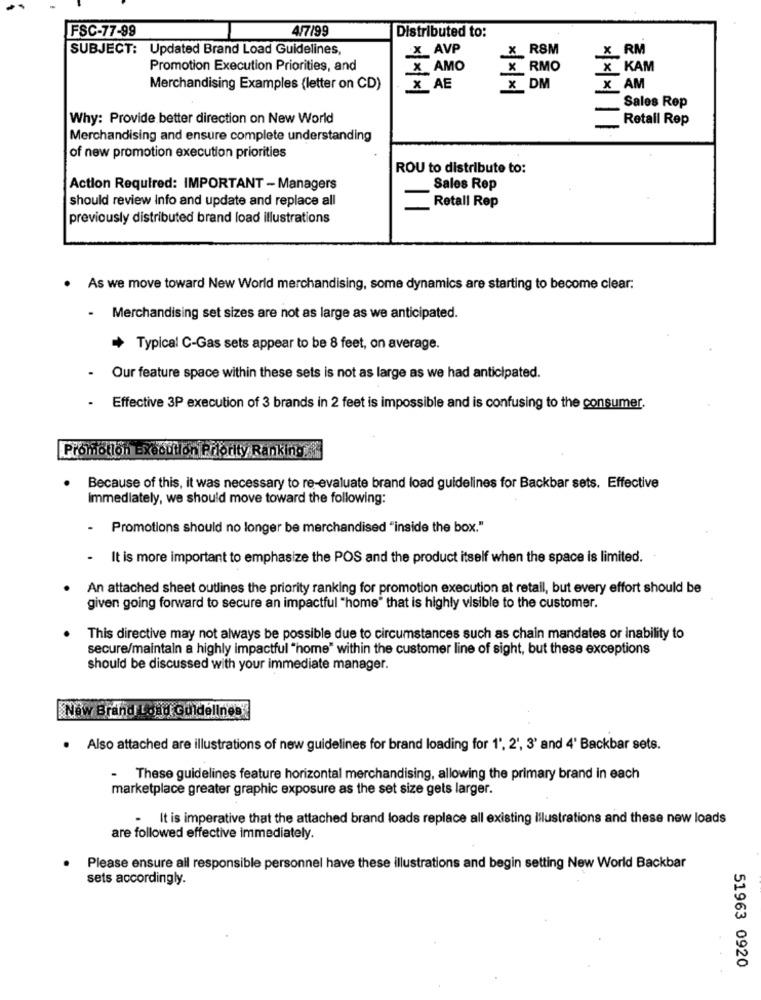
FSC-77-99
4/7/99
Distributed to:
SUBJECT: Updated Brand Load Guidelines,
x_AVP
x_ RSM
X RM
Promotion Execution Priorities, and
X AMO
x RMO
x KAM
Merchandising Examples (letter on CD)
X AE
x DM
X AM
Sales Rep
Why: Provide better direction on New World
Retail Rep
Merchandising and ensure complete understanding
of new promotion execution priorities
ROU to distribute to:
Action Required: IMPORTANT - Managers
Sales Rep
should review Info and update and replace all
Retall Rep
previously distributed brand load illustrations
· As we move toward New World merchandising, some dynamics are starting to become clear:
.
Merchandising set sizes are not as large as we anticipated.
+ Typical C-Gas sets appear to be 8 feet, on average.
Our feature space within these sets is not as large as we had anticipated.
Effective 3P execution of 3 brands in 2 feet is impossible and is confusing to the consumer.
Promotion Execution Priority Ranking
Because of this, it was necessary to re-evaluate brand load guidelines for Backbar sets. Effective
Immediately, we should move toward the following:
- Promotions should no longer be merchandised "inside the box."
.
It is more important to emphasize the POS and the product itself when the space is limited.
An attached sheet outlines the priority ranking for promotion execution at retail, but every effort should be
given going forward to secure an impactful "home" that is highly visible to the customer.
This directive may not always be possible due to circumstances such as chain mandates or inability to
secure/maintain a highly impactful "home" within the customer line of sight, but these exceptions
should be discussed with your immediate manager.
New Brand Load Guidelines
.
Also attached are illustrations of new guidelines for brand loading for 1', 2', 3' and 4' Backbar sets.
-
These guidelines feature horizontal merchandising, allowing the primary brand in each
marketplace greater graphic exposure as the set size gets larger.
. It is imperative that the attached brand loads replace all existing Illustrations and these new loads
are followed effective immediately.
Please ensure all responsible personnel have these illustrations and begin setting New World Backbar
sets accordingly.
51963 0920